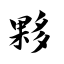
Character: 夥